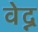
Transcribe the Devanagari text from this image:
वेद्न